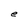
Character: e